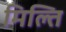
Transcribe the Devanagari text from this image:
मिल्ति